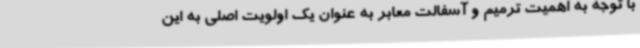
با توجه به اهمیت ترمیم و آسفالت معابر به عنوان یک اولویت اصلی به این